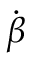
\dot { \boldsymbol { \beta } }